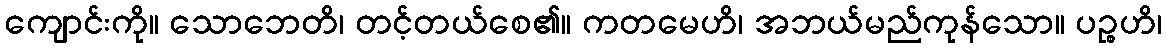
ကျောင်းကို။ သောဘေတိ၊ တင့်တယ်စေ၏။ ကတမေဟိ၊ အဘယ်မည်ကုန်သော။ ပဉ္စဟိ၊